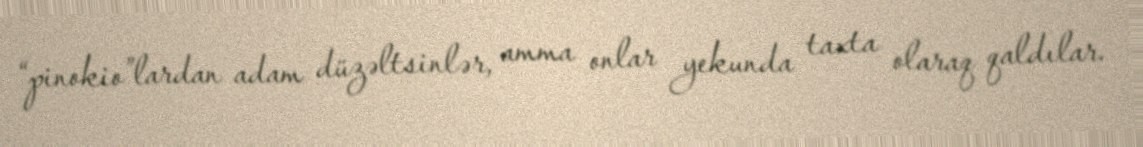
“pinokio”lardan adam düzəltsinlər, amma onlar yekunda taxta olaraq qaldılar.